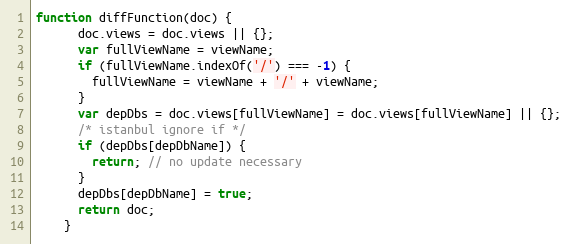
Language: JavaScript
function diffFunction(doc) {
      doc.views = doc.views || {};
      var fullViewName = viewName;
      if (fullViewName.indexOf('/') === -1) {
        fullViewName = viewName + '/' + viewName;
      }
      var depDbs = doc.views[fullViewName] = doc.views[fullViewName] || {};
      /* istanbul ignore if */
      if (depDbs[depDbName]) {
        return; // no update necessary
      }
      depDbs[depDbName] = true;
      return doc;
    }